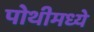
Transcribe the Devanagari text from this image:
पोथीमध्ये